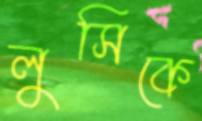
লুসিকে